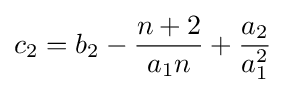
c_{2}=b_{2}-{\frac {n+2}{a_{1}n}}+{\frac {a_{2}}{a_{1}^{2}}}